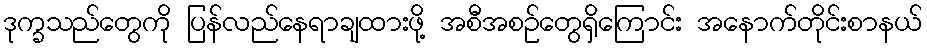
ဒုက္ခသည်တွေကို ပြန်လည်နေရာချထားဖို့ အစီအစဉ်တွေရှိကြောင်း အနောက်တိုင်းစာနယ်